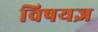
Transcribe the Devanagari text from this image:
विषयज्ञ